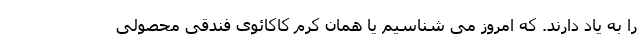
را به یاد دارند. که امروز می شناسیم یا همان کرم کاکائوی فندقی محصولی